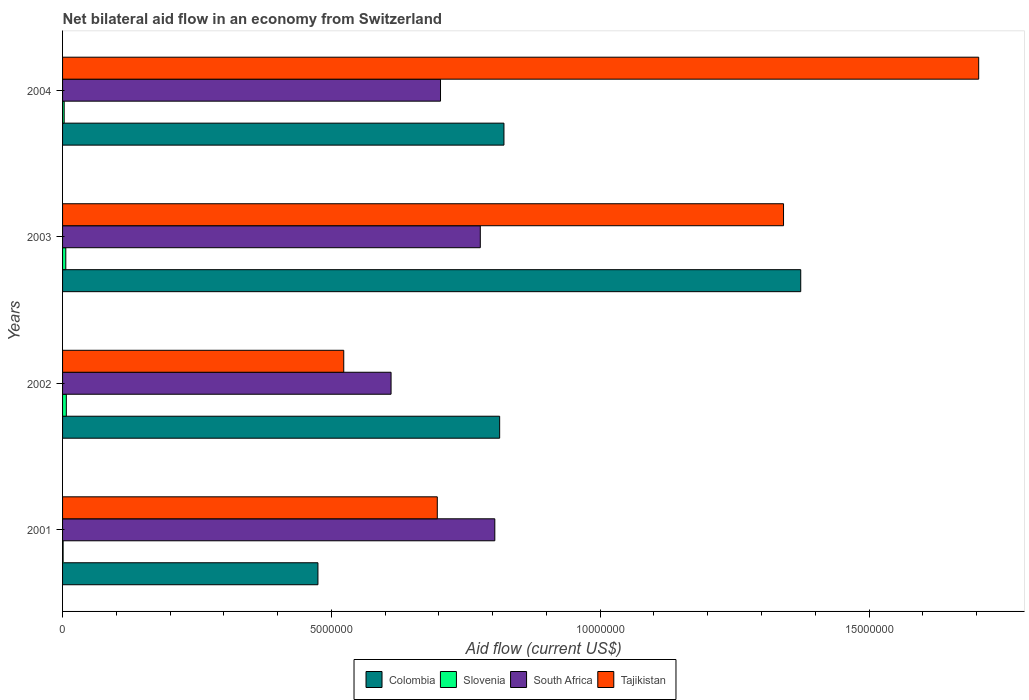
| Years | Colombia | Slovenia | South Africa | Tajikistan |
 | --- | --- | --- | --- | --- |
 | 2001 | 4.75e+06 | 1e+04 | 8.04e+06 | 6.97e+06 |
 | 2002 | 8.13e+06 | 7e+04 | 6.11e+06 | 5.23e+06 |
 | 2003 | 1.37e+07 | 6e+04 | 7.77e+06 | 1.34e+07 |
 | 2004 | 8.21e+06 | 3e+04 | 7.03e+06 | 1.7e+07 |